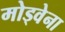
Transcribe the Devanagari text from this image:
मोड्वेना